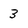
Character: 3